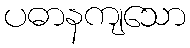
ပဓာနကျသော